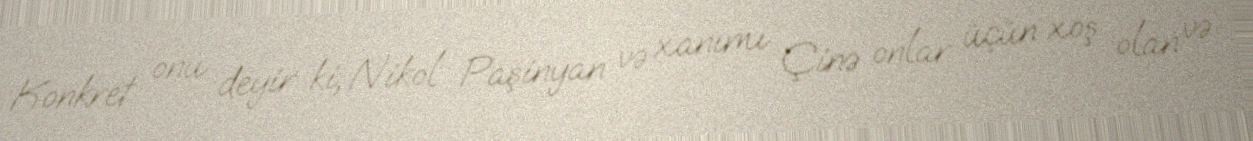
Konkret onu deyir ki, Nikol Paşinyan və xanımı Çinə onlar üçün xoş olan və